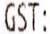
GST: